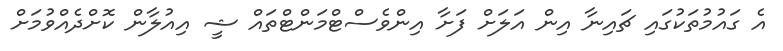
އެ ގައުމުތަކުގައި ޗައިނާ އިން އަލަށް ފަށާ އިންވެސްޓްމަންޓްތައް ޝީ އިއުލާން ކޮށްދެއްވުމަށް